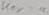
Text: key+a